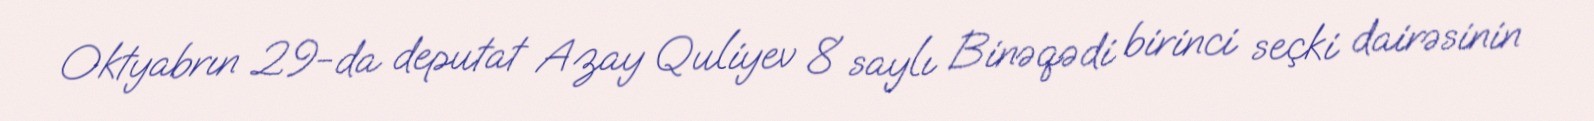
Oktyabrın 29-da deputat Azay Quliyev 8 saylı Binəqədi birinci seçki dairəsinin